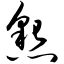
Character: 恳